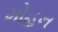
મોહન